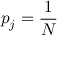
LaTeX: p _ { j } = { \frac { 1 } { N } }